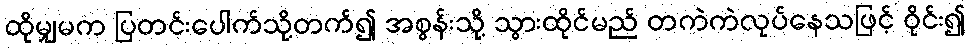
ထိုမျှမက ပြတင်းပေါက်သို့တက်၍ အစွန်းသို့ သွားထိုင်မည် တကဲကဲလုပ်နေသဖြင့် ဝိုင်း၍